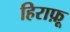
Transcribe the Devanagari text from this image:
हिराफ़ू